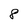
Character: 8